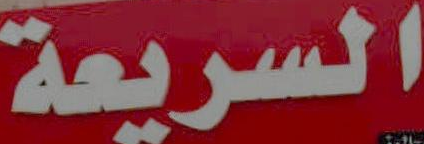
السريعة